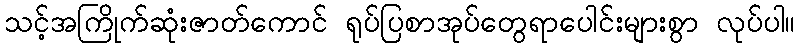
သင့်အကြိုက်ဆုံးဇာတ်ကောင် ရုပ်ပြစာအုပ်တွေရာပေါင်းများစွာ လုပ်ပါ။